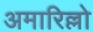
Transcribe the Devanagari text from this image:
अमारिल्लो